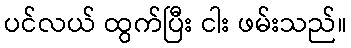
ပင်လယ် ထွက်ပြီး ငါး ဖမ်းသည်။